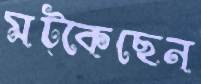
মট্‌কেছেন